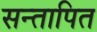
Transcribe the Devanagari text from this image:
सन्तापित